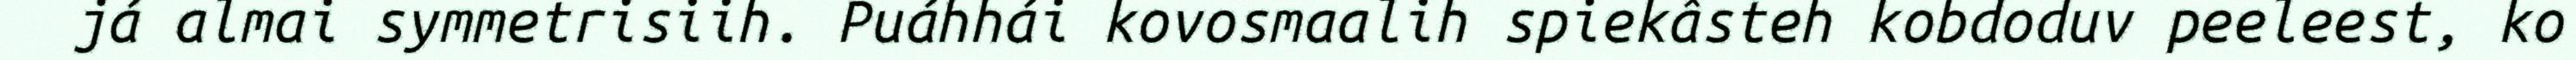
já almai symmetrisiih. Puáhhái kovosmaalih spiekâsteh kobdoduv peeleest, ko